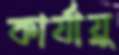
কার্যায়ু